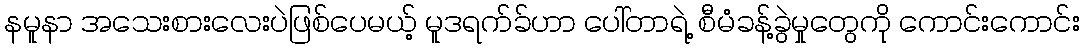
နမူနာ အသေးစားလေးပဲဖြစ်ပေမယ့် မူဒရက်ခ်ဟာ ပေါ်တာရဲ့ စီမံခန့်ခွဲမှုတွေကို ကောင်းကောင်း